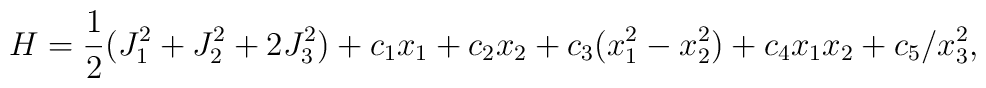
H= \frac{1}{2} (J_{1}^{2} + J^{2}_{2} + 2 J^{2}_{3}) + c_{1} x_{1} + c_{2}x_{2} + c_{3} (x^{2}_{1} - x_{2}^{2}) + c_{4} x_{1} x_{2} + c_{5}/ x^{2}_{3} ,